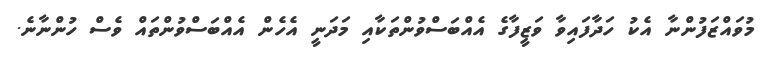
މުވައްޒަފުންނާ އެކު ހަދާފައިވާ ވަޒީފާގެ އެއްބަސްވުންތަކާއި މަދަނީ އެހެން އެއްބަސްވުންތައް ވެސް ހުންނާނެ.